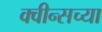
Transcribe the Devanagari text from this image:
क्वीन्सच्या